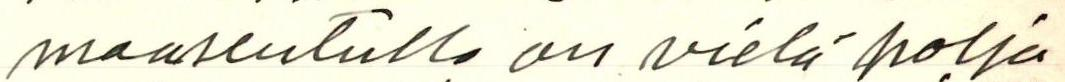
maaseutulla on vielä polja